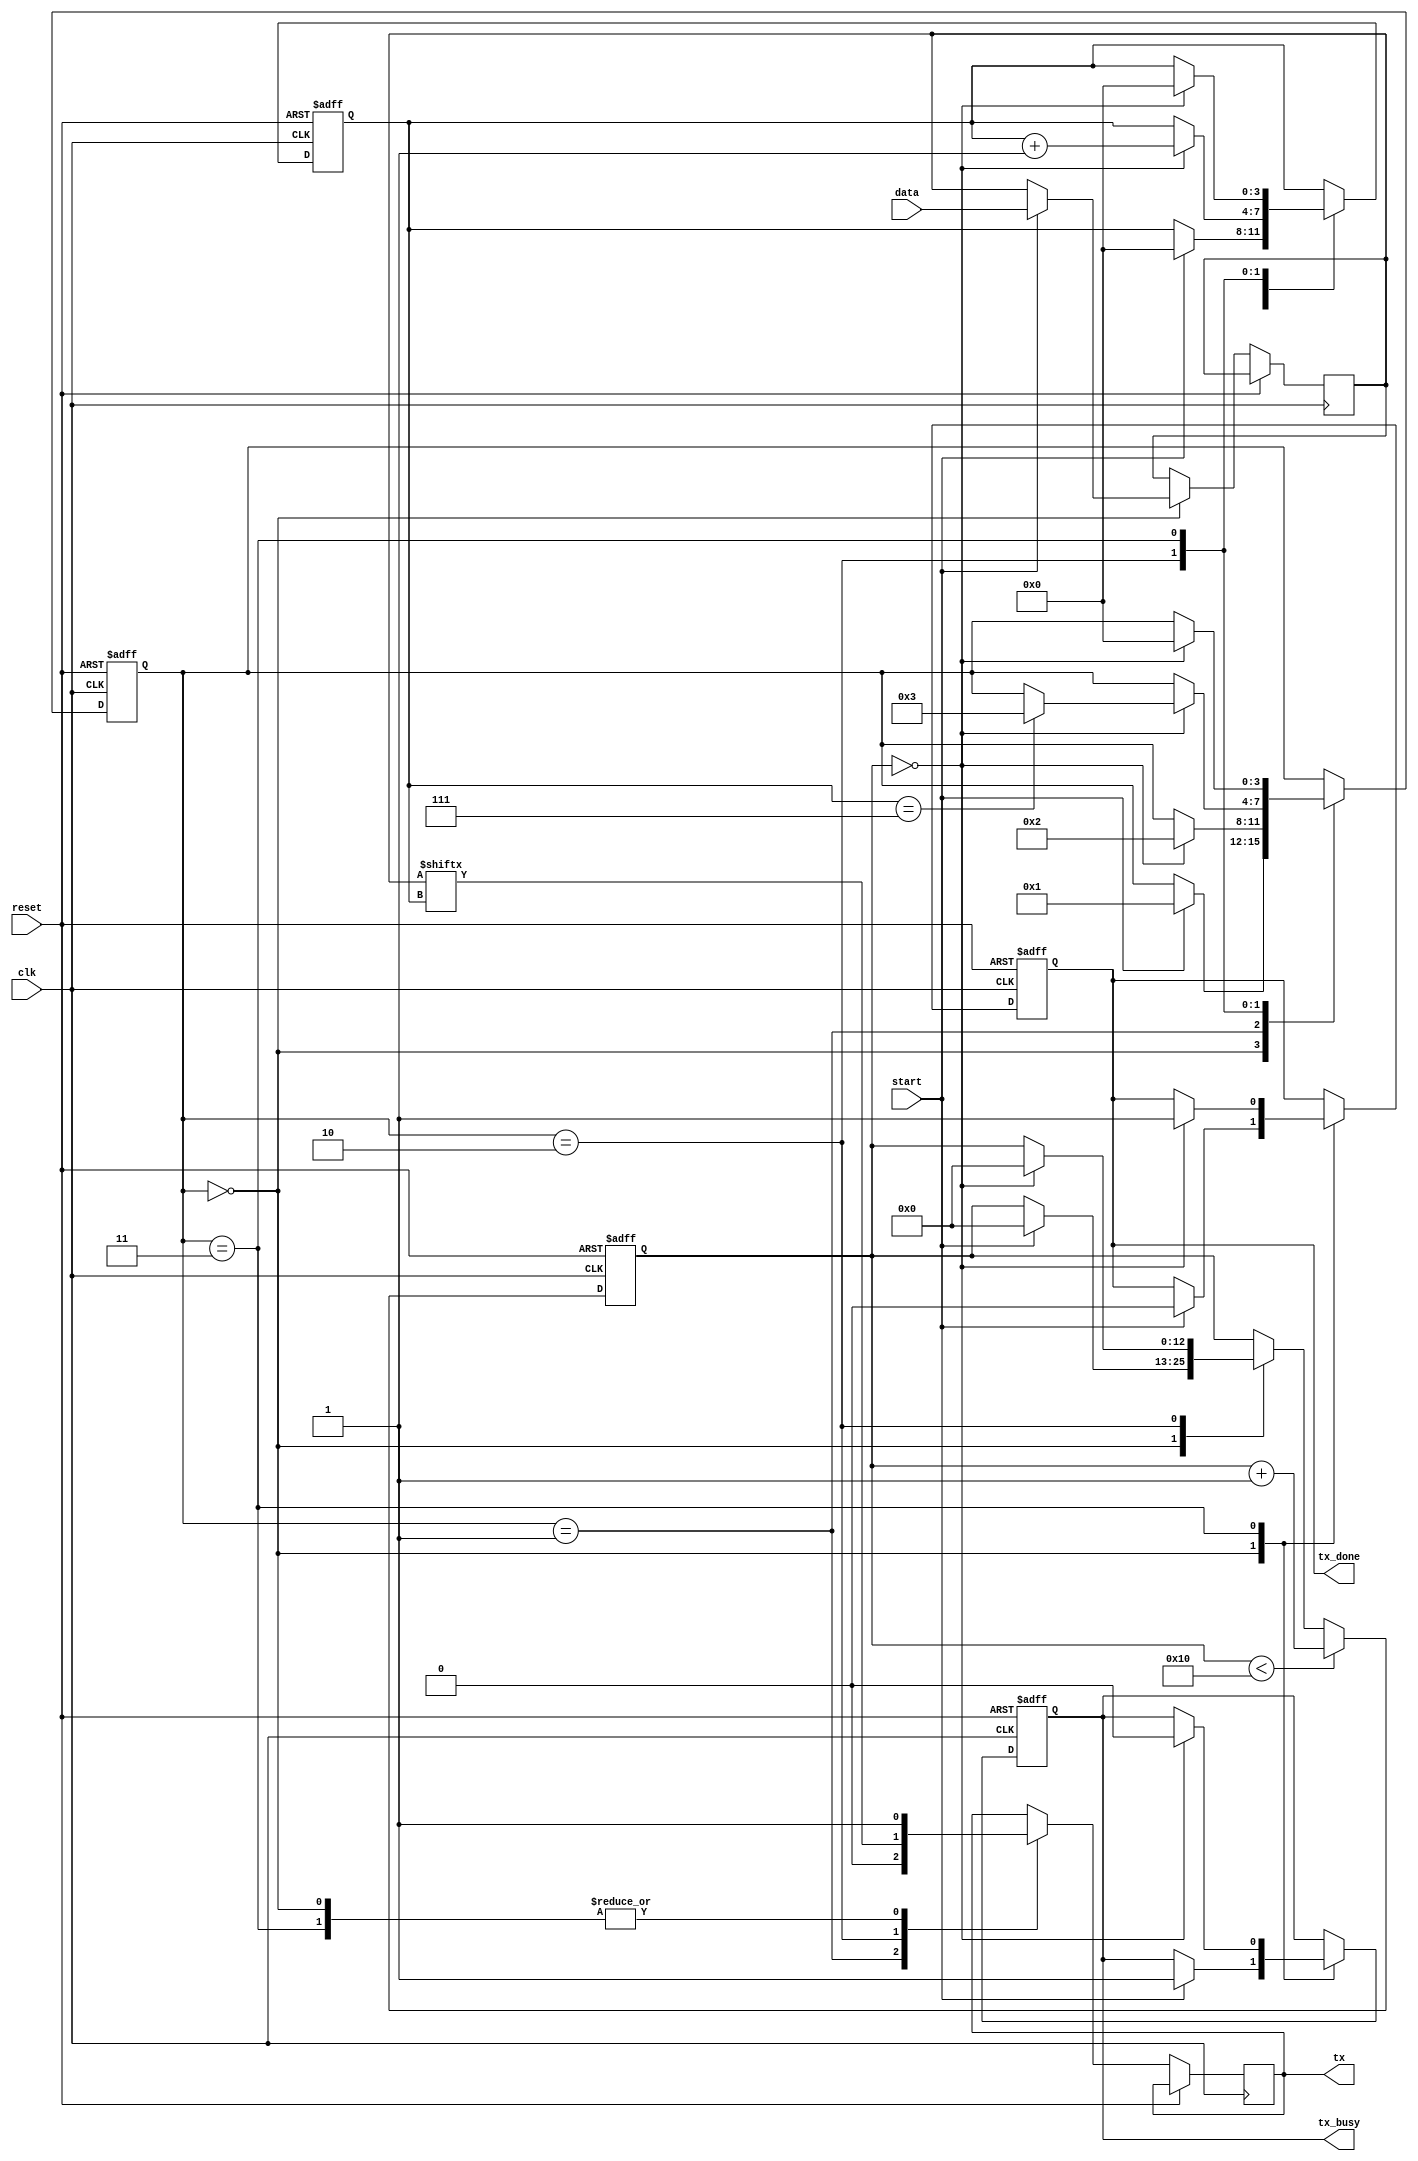
module uart_tx(
    input clk,
    input reset,
    input start,
    input [7:0] data,
    output reg tx_busy,
    output reg tx_done,
    output reg tx
);

reg [3:0] tx_state;
reg [3:0] bit_count;
reg [12:0] baud_count;
reg [7:0] tx_data_reg;

localparam IDLE = 4'b0000;
localparam START_BIT = 4'b0001;
localparam DATA_BITS = 4'b0010;
localparam STOP_BIT = 4'b0011;

always @(posedge clk or posedge reset) begin
    if (reset) begin
        tx_busy <= 1'b0;
        tx_done <= 1'b0;
        tx_state <= IDLE;
        bit_count <= 4'd0;
        baud_count <= 13'd0;
    end
    else begin
        case(tx_state)
            IDLE: begin
                tx <= 1'b1;
                if (start) begin
                    tx_busy <= 1'b1;
                    tx_done <= 1'b0;
                    tx_state <= START_BIT;
                    tx_data_reg <= data;
                    bit_count <= 4'd0;
                    baud_count <= 13'd0;
                end
            end
            
            START_BIT: begin
                tx <= 1'b0;
                if (baud_count == 13'd0) begin
                    tx_state <= DATA_BITS;
                end
            end
            
            DATA_BITS: begin
                tx <= tx_data_reg[bit_count];
                if (baud_count == 13'd0) begin
                    bit_count <= bit_count + 1;
                    if (bit_count == 8'd7) begin
                        tx_state <= STOP_BIT;
                    end
                    baud_count <= 13'd0;
                end
            end
            
            STOP_BIT: begin
                tx <= 1'b1;
                if (baud_count == 13'd0) begin
                    tx_busy <= 1'b0;
                    tx_done <= 1'b1;
                    tx_state <= IDLE;
                    bit_count <= 4'd0;
                end
            end
        endcase
        if (baud_count < 13'd16) begin
            baud_count <= baud_count + 1;
        end
    end
end

endmodule